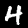
Label: 4